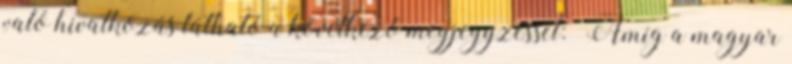
való hivatkozás látható a következő megjegyzéssel: „Amíg a magyar